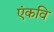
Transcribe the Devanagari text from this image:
एंकवि